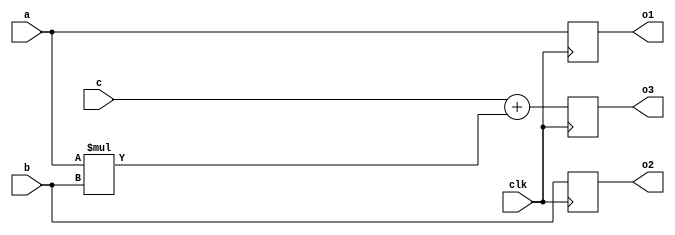
module PE(a,b,c,o1,o2,o3,clk);
    parameter n=5;
    input clk;
    input [n-1:0]a,b;
    input [2*n+3:0]c;
    output reg [n-1:0]o1,o2;
    output reg [2*n+3:0]o3;
    reg [2*n+3:0]mul;
    
    always@(posedge clk)
        begin
            mul =a*b;
            o1 = a;
            o2 = b;
            o3 = c+ mul;
        end
endmodule